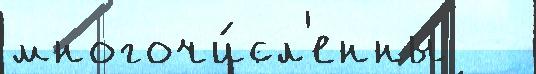
многочи́сл'енны